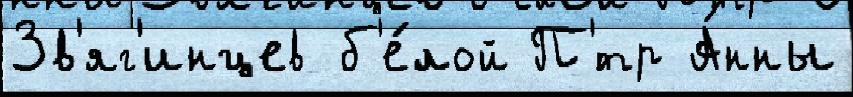
Зв'яг'инцев б'е́лой П'́тр А́нны